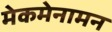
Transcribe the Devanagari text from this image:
मेकमेनामन